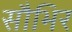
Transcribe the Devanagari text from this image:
सौभिर